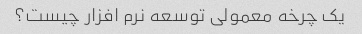
یک چرخه معمولی توسعه نرم افزار چیست؟